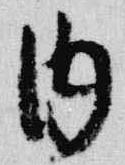
内